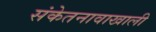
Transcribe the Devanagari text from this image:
संकेतनावाखाली